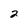
Character: 2